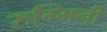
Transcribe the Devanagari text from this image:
रुग्मिनी